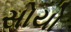
સોયો